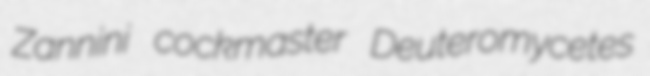
Zannini cockmaster Deuteromycetes